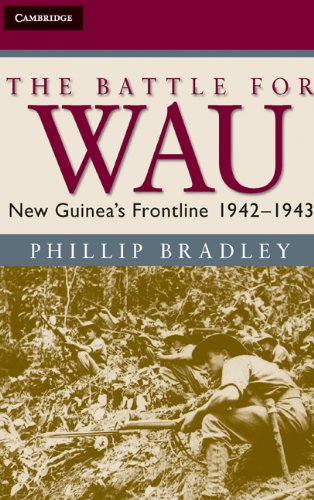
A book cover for The Battle for Wau: New Guinea's Frontline 1942-1943 (Australian Army History Series); Phillip Bradley; History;